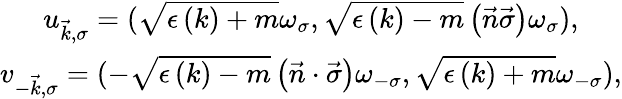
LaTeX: \begin{array}{c}{{u_{\vec{k},\sigma}=(\sqrt{\epsilon\left(k\right)+m}\omega_{\sigma},\sqrt{\epsilon\left(k\right)-m}\left(\vec{n}\vec{\sigma}\right)\omega_{\sigma}),}}\\ {{v_{-\vec{k},\sigma}=(-\sqrt{\epsilon\left(k\right)-m}\left({\vec{n}}\cdot{\vec{\sigma}}\right)\omega_{-\sigma},\sqrt{\epsilon\left(k\right)+m}\omega_{-\sigma}),}}\end{array}